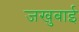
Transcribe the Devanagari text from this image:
जखुबाई